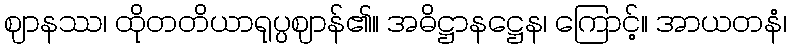
ဈာနဿ၊ ထိုတတိယာရုပ္ပဈာန်၏။ အဓိဋ္ဌာနဋ္ဌေန၊ ကြောင့်။ အာယတနံ၊